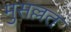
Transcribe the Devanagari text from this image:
मुसल्लत